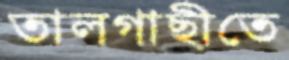
তালগাছীতে